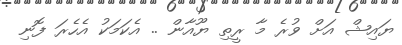
ޔައިޝް އަށް ވުރެ މާ ރީތި ޔޫއާން .. އެކަމަކު އެހެރަ ފޮނި